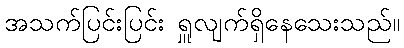
အသက်ပြင်းပြင်း ရှူလျက်ရှိနေသေးသည်။